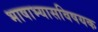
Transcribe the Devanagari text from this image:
भाषाभ्यासविषयक